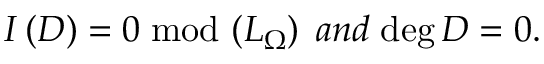
I \left( { \cal D } \right) = 0 \; \mathrm { m o d } \, \left( L _ { \Omega } \right) \; a n d \; \mathrm { d e g } \, { \cal D } = 0 .